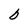
Character: b